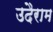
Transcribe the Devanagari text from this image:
उदैराम